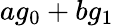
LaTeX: ag_{0}+bg_{1}